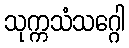
သုက္ကသံသဂ္ဂေါ